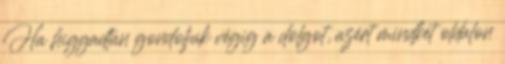
Ha higgadtan gondoljuk végig a dolgot, azért mindkét oldalon